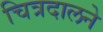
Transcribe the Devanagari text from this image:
चित्रदालने